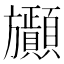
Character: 𣄫